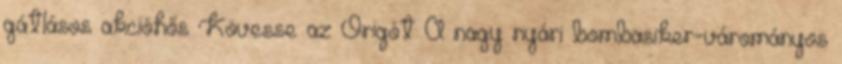
gátlásos akcióhős Kövesse az Origót A nagy nyári bombasiker-várományos